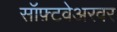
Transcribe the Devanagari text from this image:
सॉफ़्टवेअरवर